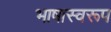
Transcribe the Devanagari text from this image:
भाषास्वरूप